Lunatic asylums Madras 1892-1911 - 1892-1911
Year: 1892
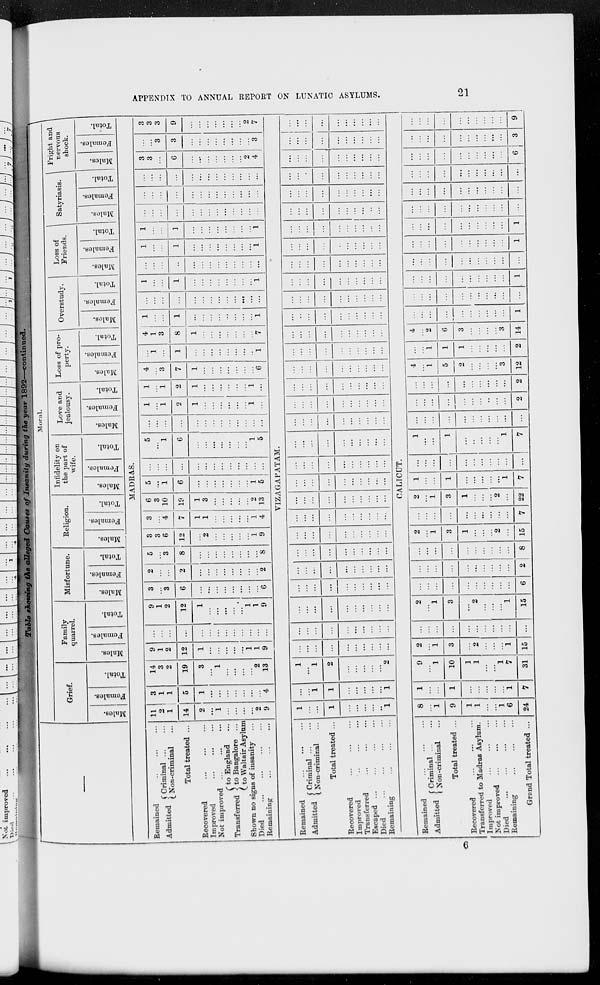
APPENDIX TO ANNUAL REPORT ON LUNATIC ASYLUMS.
21
Table showing the alleged Causes of Insanity
during the year 1892—continued.
—
Moral.
Grief.
Males.
Females.
Total.
Family
quarrel.
Males.
Females.
Total.
Misfortune.
Males.
Females.
Total.
Religion.
Males.
Females.
Total.
Infidelity on
the part of
wife.
Males.
Females.
Total.
Love and
jealousy.
Males.
Females.
Total.
Loss of pro-
perty.
Males.
Females.
Total.
Overstudy.
Males.
Females.
Total.
Loss of
Friends.
Males.
Females.
Total.
Satyriasis.
Males.
Females.
Total.
Fright and
nervous
shock.
Males.
Females.
Total.
MADRAS.
Remained ... ... ...
Admitted
Criminal ... ... ...
Non-criminal ... ...
Total treated ...
Recovered ... ... ...
Improved ... ... ...
Not improved ... ... ...
Transferred
to England ...
to Bangalore ...
to Waltair Asylum
Shown no signs of insanity ...
Died
...
...
...
...
Remaining ... ... ...
11
2
1
14
2
...
1
...
...
...
...
2
9
3
1
1
5
1
...
...
...
...
...
...
...
4
14
3
2
19
3
...
1
...
...
...
...
2
13
9
1
2
12
1
...
...
...
...
...
1
1
9
...
...
...
...
...
...
...
...
...
...
...
...
...
9
1
2
12
1
...
...
...
...
...
1
1
9
3
...
3
6
...
...
...
...
...
...
...
...
6
2
...
...
2
...
...
...
...
...
...
...
...
2
5
...
3
8
...
...
...
...
...
...
...
...
8
3
3
6
12
...
2
...
...
...
...
...
1
9
3
...
4
7
1
1
...
...
...
...
...
1
4
6
3
10
19
1
3
...
...
...
...
...
2
13
5
...
1
6
...
...
...
...
...
...
...
1
5
...
...
...
...
...
...
...
...
...
...
...
...
...
5
...
1
6
...
...
...
...
...
...
...
1
5
...
...
...
...
...
...
...
...
...
...
...
...
...
1
...
1
2
1
...
...
...
...
...
...
1
...
1
...
1
2
1
...
...
...
...
...
...
1
...
4
...
3
7
1
...
...
...
...
...
...
...
6
...
1
...
1
...
...
...
...
...
...
...
...
1
4
1
3
8
1
...
...
...
...
...
...
...
7
1
...
...
1
...
...
...
...
...
...
...
...
1
...
...
...
...
...
...
...
...
...
...
...
...
...
1
...
...
1
...
...
...
...
...
...
...
...
1
...
...
...
...
...
...
...
...
...
...
...
...
...
1
...
...
1
...
...
...
...
...
...
...
...
1
1
...
...
1
...
...
...
...
...
...
...
...
1
...
...
...
...
...
...
...
...
...
...
...
...
...
...
...
...
...
...
...
...
...
...
...
...
...
...
...
...
...
...
...
...
...
...
...
...
...
...
...
3
3
...
6
...
...
...
...
...
...
...
2
4
...
...
3
3
...
...
...
...
...
...
...
...
3
3
3
3
9
...
...
...
...
...
...
...
2
7
VIZAGAPATAM.
Remained ... ... ...
Admitted
Criminal ... ...
Non-criminal ...
Total treated ...
Recovered ... ... ...
Improved ... ... ...
Transferred ... ... ...
Escaped ... ... ... ...
Died
...
...
...
...
Remaining ... ... ...
1
...
...
1
...
...
...
...
...
1
...
...
1
1
...
...
...
...
...
1
1
...
1
2
...
...
...
...
...
2
...
...
...
...
...
...
...
...
...
...
...
...
...
...
...
...
...
...
...
...
...
...
...
...
...
...
...
...
...
...
...
...
...
...
...
...
...
...
...
...
...
...
...
...
...
...
...
...
...
...
...
...
...
...
...
...
...
...
...
...
...
...
...
...
...
...
...
...
...
...
...
...
...
...
...
...
...
...
...
...
...
...
...
...
...
...
...
...
...
...
...
...
...
...
...
...
...
...
...
...
...
...
...
...
...
...
...
...
...
...
...
...
...
...
...
...
...
...
...
...
...
...
...
...
...
...
...
...
...
...
...
...
...
...
...
...
...
...
...
...
...
...
...
...
...
...
...
...
...
...
...
...
...
...
...
...
...
...
...
...
...
...
...
...
...
...
...
...
...
...
...
...
...
...
...
...
...
...
...
...
...
...
...
...
...
...
...
...
...
...
...
...
...
...
...
...
...
...
...
...
...
...
...
...
...
...
...
...
...
...
...
...
...
...
...
...
...
...
...
...
...
...
...
...
...
...
...
...
...
...
...
...
...
...
...
...
...
...
...
...
...
...
...
...
...
...
...
...
...
...
...
...
...
...
...
...
...
...
...
...
...
...
...
...
...
...
...
...
...
...
...
...
...
...
...
...
...
...
...
...
...
...
...
...
...
...
...
...
...
...
...
...
...
...
...
...
...
...
...
...
CALICUT.
Remained ... ... ...
Admitted
Criminal ... ...
Non-criminal ...
Total treated ...
Recovered ... ... ...
Transferred to Madras Asylum .
Improved ... ... ...
Not improved ... ... ...
Died
...
...
...
...
Remaining
...
...
...
Grand Total treated ...
8
...
1
9
1
1
...
...
1
6
24
1
...
...
1
...
...
...
...
...
1
7
9
...
1
10
1
1
...
...
1
7
31
2
...
1
3
...
2
...
...
...
1
15
...
...
...
...
...
...
...
...
...
...
...
2
...
1
3
...
2
...
...
...
1
15
...
...
...
...
...
...
...
...
...
...
6
...
...
...
...
...
...
...
...
...
...
2
...
...
...
...
...
...
...
...
...
...
8
2
...
1
3
1
...
...
...
2
...
15
...
...
...
...
...
...
...
...
...
...
7
2
...
1
3
1
...
...
...
2
...
22
1
...
...
1
...
...
...
...
...
1
7
...
...
...
...
...
...
...
...
...
...
...
1
...
...
1
...
...
...
...
...
1
7
...
...
...
...
...
...
...
...
...
...
...
...
...
...
...
...
...
...
...
...
...
2
...
...
...
...
...
...
...
...
...
...
2
4
...
1
5
2
...
...
...
...
3
12
...
...
1
1
1
...
...
...
...
...
2
4
...
2
6
3
...
...
...
...
3
14
...
...
...
...
...
...
...
...
...
...
1
...
...
...
...
...
...
...
...
...
...
...
...
...
...
...
...
...
...
...
...
...
1
...
...
...
...
...
...
...
...
...
...
...
...
...
...
...
...
...
...
...
...
...
1
...
...
...
...
...
...
...
...
...
...
1
...
...
...
...
...
...
...
...
...
...
...
...
...
...
...
...
...
...
...
...
...
...
...
...
...
...
...
...
...
...
...
...
...
...
...
...
...
...
...
...
...
...
...
6
...
...
...
...
...
...
...
...
...
...
3
...
...
...
...
...
...
...
...
...
...
9
6